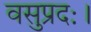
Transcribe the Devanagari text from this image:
वसुप्रदः।